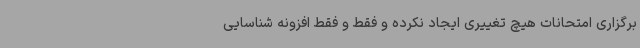
برگزاری امتحانات هیچ تغییری ایجاد نکرده و فقط و فقط افزونه‌ شناسایی